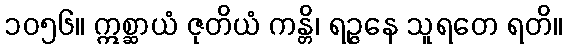
၁၀၅၆။ ဣစ္ဆာယံ ဇုတိယံ ကန္တိ၊ ရဉ္ဇနေ သူရတေ ရတိ။